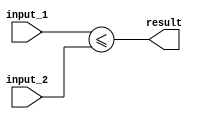
module less_than_or_equal_to_comparator (
    input wire [31:0] input_1,
    input wire [31:0] input_2,
    output wire result
);

assign result = (input_1 <= input_2);

endmodule